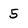
Character: 5